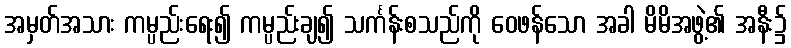
အမှတ်အသား ကမ္ပည်းရေး၍ ကမ္ပည်းချ၍ သင်္ကန်းစသည်ကို ဝေဖန်သော အခါ မိမိအဖွဲ့၏ အနီး၌